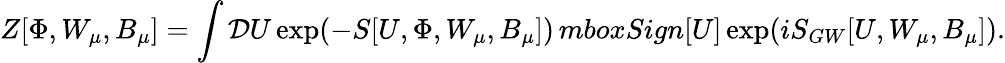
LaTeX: Z[\Phi,W_{\mu},B_{\mu}]=\int{\cal D}U\exp(-S[U,\Phi,W_{\mu},B_{\mu}])\, mbox{Sign}[U]\exp(iS_{GW}[U,W_{\mu},B_{\mu}]).